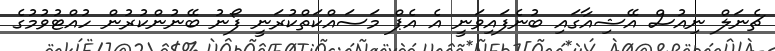
ޗެނަލް ނިއުސް އޭޝިއާގައި ބުނެފައިވަނީ އެ އެޕް މަސައްކަތްކުރަނީ ފޯނު ބޭނުންކުރުން ހުއްޓުވުމުގެ